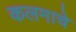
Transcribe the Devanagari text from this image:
कलमाचे